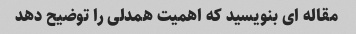
مقاله ای بنویسید که اهمیت همدلی را توضیح دهد